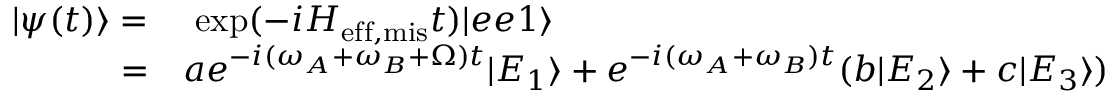
\begin{array} { r l } { | \psi ( t ) \rangle = } & { { } ~ \mathrm { e x p } ( - i H _ { \mathrm { e f f , m i s } } t ) | e e 1 \rangle } \\ { = } & { { } a e ^ { - i ( \omega _ { A } + \omega _ { B } + \Omega ) t } | E _ { 1 } \rangle + e ^ { - i ( \omega _ { A } + \omega _ { B } ) t } ( b | E _ { 2 } \rangle + c | E _ { 3 } \rangle ) } \end{array}